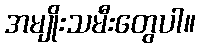
အမျိုးသမီးတွေပါ။